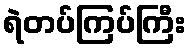
ရဲတပ်ကြပ်ကြီး